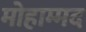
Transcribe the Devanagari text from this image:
मोहाम्मद